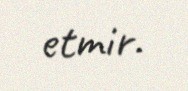
etmir.